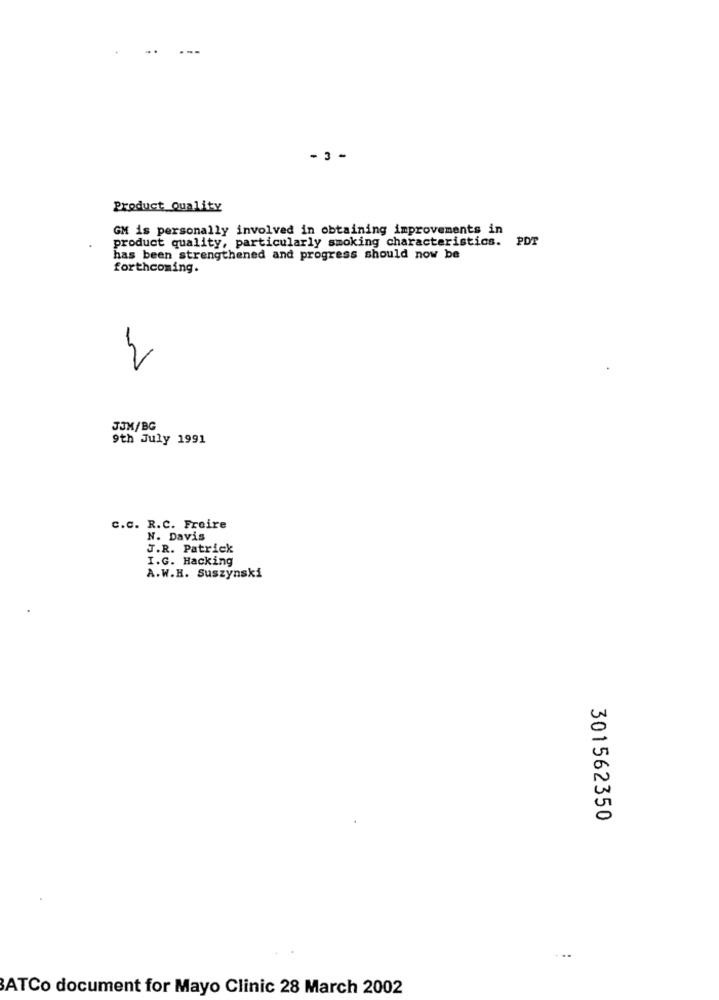
- 3 -
Product Quality
GM is personally involved in obtaining improvements in
product quality, particularly smoking characteristics. PDT
has been strengthened and progress should now be
forthcoming.
JJM/BG
9th July 1991
C.C. R.C. Freire
N. Davis
J.R. Patrick
I.G. Hacking
A.W.R. Suszynski
301562350
ATCo document for Mayo Clinic 28 March 2002